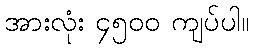
အားလုံး ၄၅၀၀ ကျပ်ပါ။